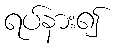
ရပ်နား၍